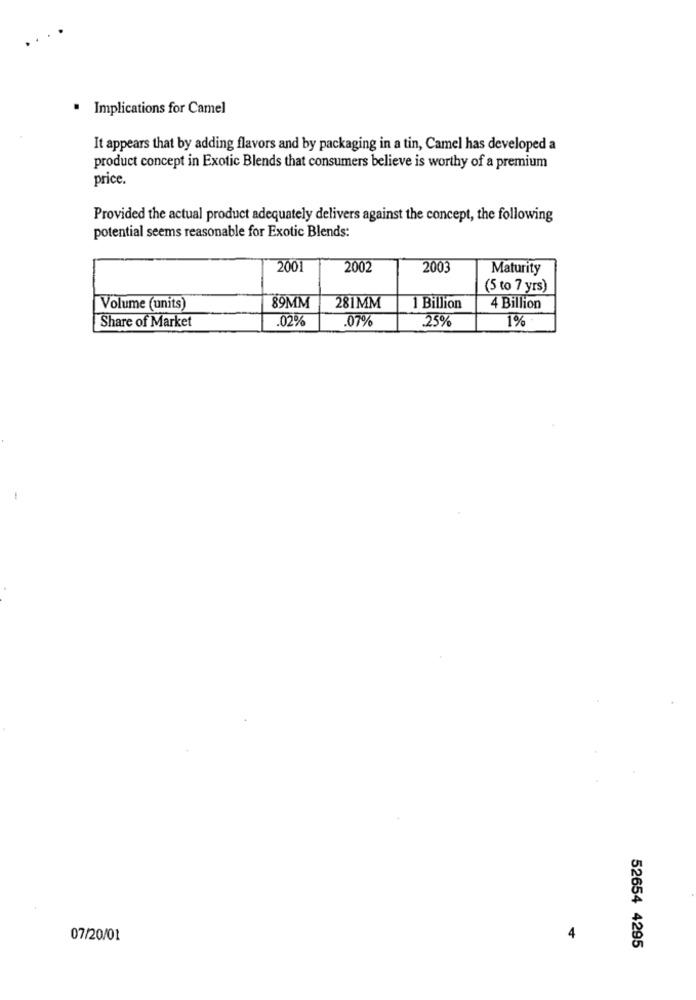
Implications for Camel
It appears that by adding flavors and by packaging in a tin, Camel has developed a
product concept in Exotic Blends that consumers believe is worthy of a premium
price.
Provided the actual product adequately delivers against the concept, the following
potential seems reasonable for Exotic Blends:
2001
2002
2003
Maturity
(5 to 7 yrs)
Volume (units)
89MM
281MM
1 Billion
4 Billion
Share of Market
02%
.07%
.25%
1%
-
07/20/01
4
52654 4295